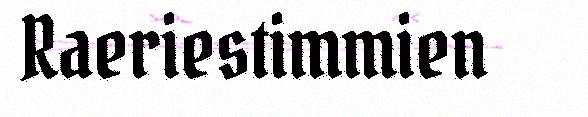
Raeriestimmien